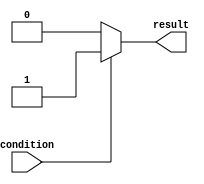
module IfElseExample(
    input wire condition,
    output reg result
);

    always @* begin
        if (condition) begin
            result = 1;
        end
        else begin
            result = 0;
        end
    end

endmodule